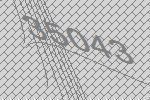
35043